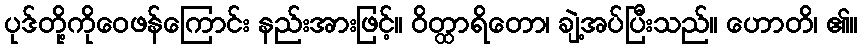
ပုဒ်တို့ကိုဝေဖန်ကြောင်း နည်းအားဖြင့်။ ဝိတ္ထာရိတော၊ ချဲ့အပ်ပြီးသည်။ ဟောတိ၊ ၏။